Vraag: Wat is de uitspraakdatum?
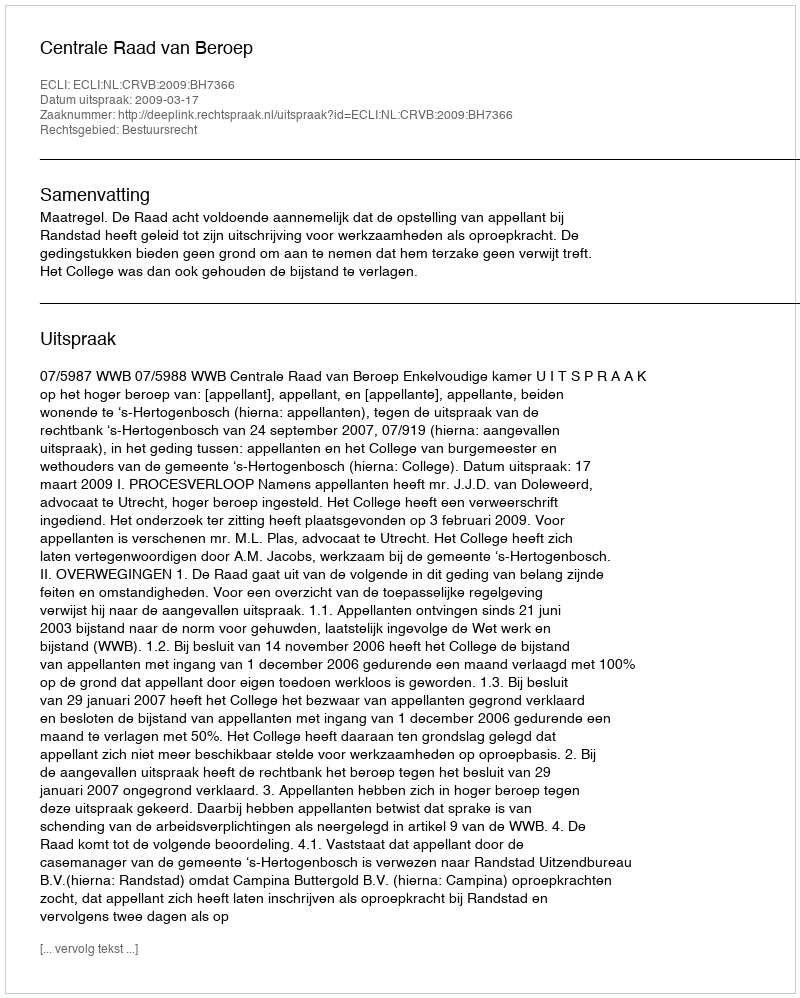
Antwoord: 2009-03-17